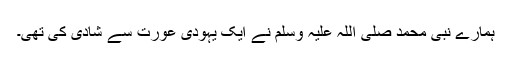
ہمارے نبى محمد صلى اللہ علیہ وسلم نے ایک یہودى عورت سے شادى کى تهى۔